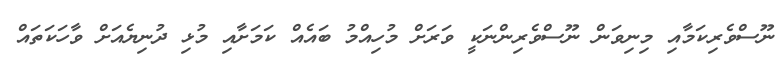
ނޫސްވެރިކަމާއި މިނިވަން ނޫސްވެރިންނަކީ ވަރަށް މުހިއްމު ބައެއް ކަމަށާއި މުޅި ދުނިޔެއަށް ވާހަކަތައް